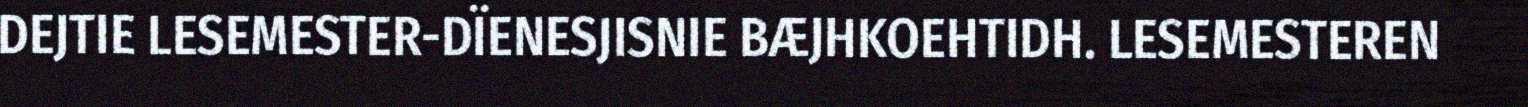
DEJTIE LESEMESTER-DÏENESJISNIE BÆJHKOEHTIDH. LESEMESTEREN